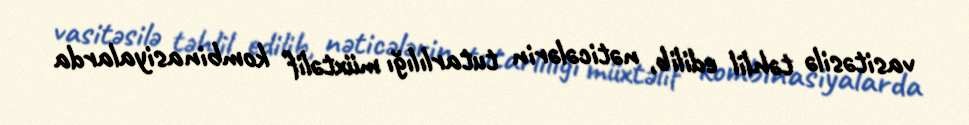
vasitəsilə təhlil edilib, nəticələrin tutarlılığı müxtəlif kombinasiyalarda